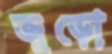
জুড়ো